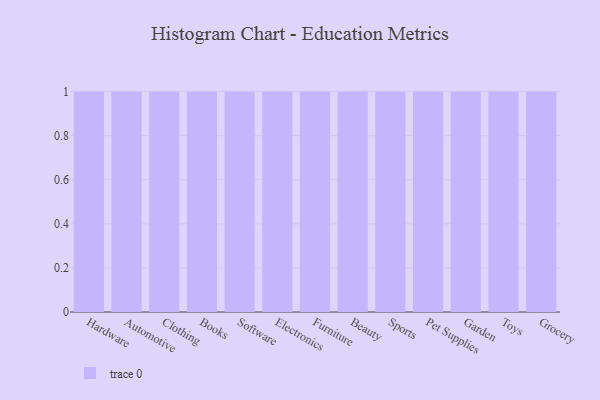
{"axis": {"x": "Category", "y": "Production Output"}, "legend": [""], "data": [{"x": "Hardware", "y": 66, "type": ""}, {"x": "Automotive", "y": 43, "type": ""}, {"x": "Clothing", "y": 32, "type": ""}, {"x": "Books", "y": 96, "type": ""}, {"x": "Software", "y": 61, "type": ""}, {"x": "Electronics", "y": 59, "type": ""}, {"x": "Furniture", "y": 74, "type": ""}, {"x": "Beauty", "y": 73, "type": ""}, {"x": "Sports", "y": 92, "type": ""}, {"x": "Pet Supplies", "y": 17, "type": ""}, {"x": "Garden", "y": 82, "type": ""}, {"x": "Toys", "y": 81, "type": ""}, {"x": "Grocery", "y": 5, "type": ""}]}